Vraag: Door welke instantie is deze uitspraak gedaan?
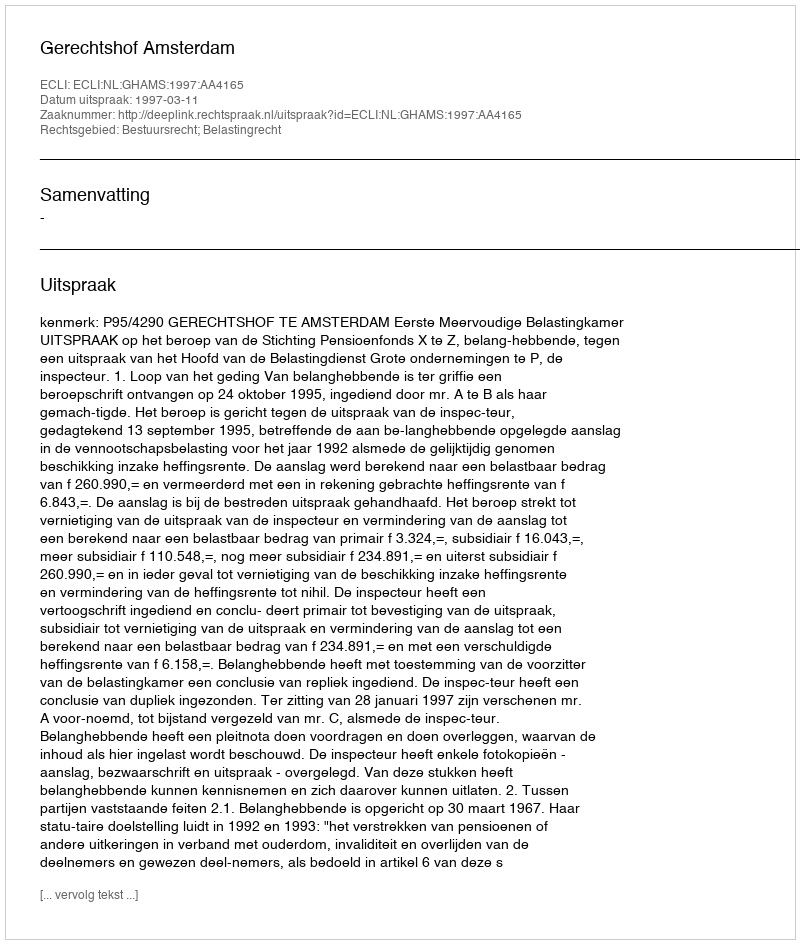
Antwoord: Gerechtshof Amsterdam